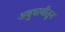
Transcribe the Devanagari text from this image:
अबुधाबीतून